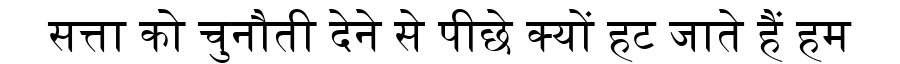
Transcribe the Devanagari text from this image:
सत्ता को चुनौती देने से पीछे क्यों हट जाते हैं हम